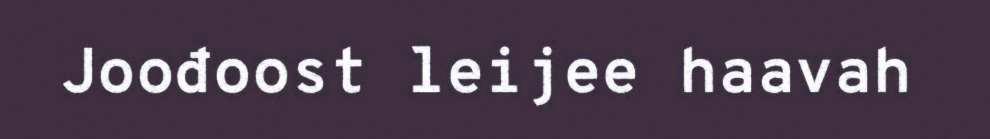
Joođoost leijee haavah